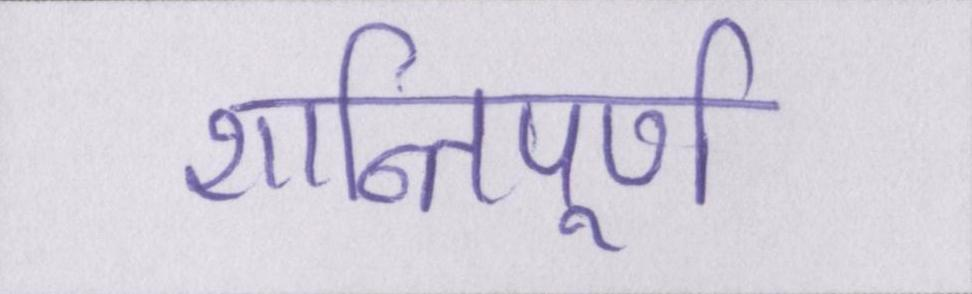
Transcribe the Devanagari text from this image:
शान्तिपूर्ण